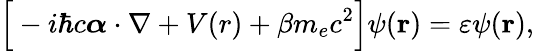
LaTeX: \Big[-i\hbar c\boldsymbol\alpha\cdot\nabla+V(r)+\beta m_{e}c^{2}\Big]\psi(\mathbf{r})=\varepsilon\psi(\mathbf{r}),